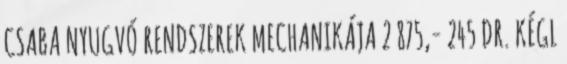
CSABA NYUGVÓ RENDSZEREK MECHANIKÁJA 2 875,- 245 DR. KÉGL